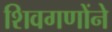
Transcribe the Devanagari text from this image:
शिवगणोंने